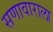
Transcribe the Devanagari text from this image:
सणावाराला